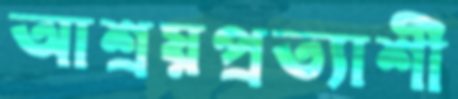
আশ্রয়প্রত্যাশী